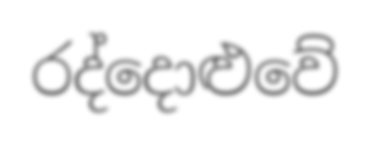
රද්දොළුවේ